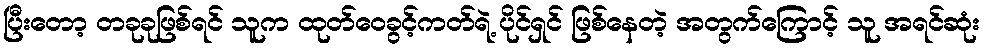
ပြီးတော့ တခုခုဖြစ်ရင် သူက ထုတ်ဝေခွင့်ကတ်ရဲ့ ပိုင်ရှင် ဖြစ်နေတဲ့ အတွက်ကြောင့် သူ အရင်ဆုံး